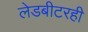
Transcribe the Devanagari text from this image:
लेडबीटरही